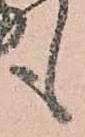
も